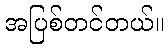
အပြစ်တင်တယ်။